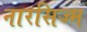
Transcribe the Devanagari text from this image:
नारसिज्म